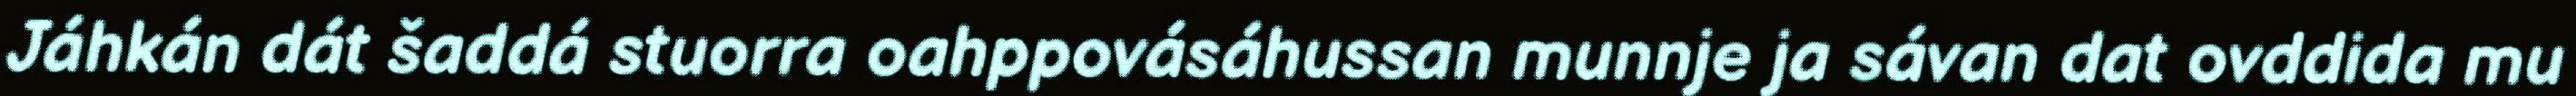
Jáhkán dát šaddá stuorra oahppovásáhussan munnje ja sávan dat ovddida mu